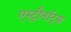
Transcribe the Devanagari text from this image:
एस्ट्रौनॉट्स